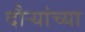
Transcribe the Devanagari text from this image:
दौर्‍यांच्या